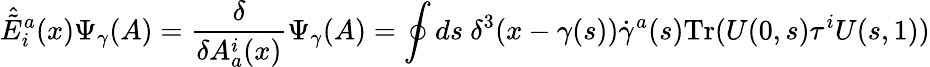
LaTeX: \hat{\tilde{E}}_{i}^{a}(x)\Psi_{\gamma}(A)={\frac{\delta}{\delta A_{a}^{i}(x)}}\Psi_{\gamma}(A)=\oint ds\ \delta^{3}(x-\gamma(s))\dot{\gamma}^{a}(s)\mathrm{Tr}(U(0,s)\tau^{i}U(s,1))